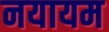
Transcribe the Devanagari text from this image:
नयायम